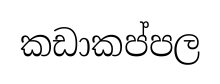
කඩාකප්පල